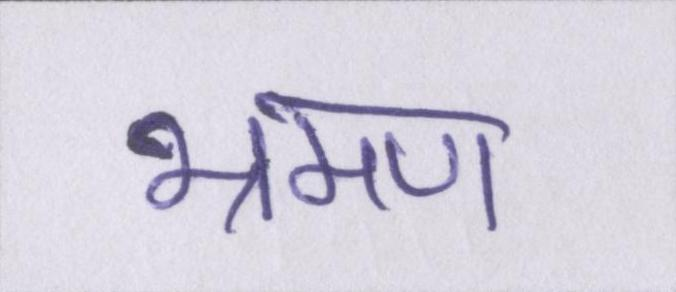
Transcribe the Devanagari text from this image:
भ्रमण